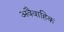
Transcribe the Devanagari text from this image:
अवैवाहिक